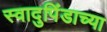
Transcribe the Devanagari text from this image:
स्वादुपिंडाच्या